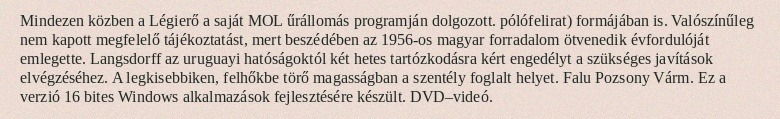
Mindezen közben a Légierő a saját MOL űrállomás programján dolgozott. pólófelirat) formájában is. Valószínűleg nem kapott megfelelő tájékoztatást, mert beszédében az 1956-os magyar forradalom ötvenedik évfordulóját emlegette. Langsdorff az uruguayi hatóságoktól két hetes tartózkodásra kért engedélyt a szükséges javítások elvégzéséhez. A legkisebbiken, felhőkbe törő magasságban a szentély foglalt helyet. Falu Pozsony Várm. Ez a verzió 16 bites Windows alkalmazások fejlesztésére készült. DVD–videó.